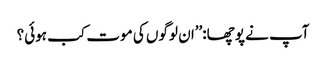
آپ نے پوچھا:’’ان لوگوں کی موت کب ہوئی؟